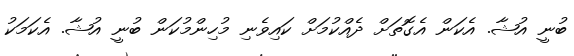
ބުނީ އުޝާ. އެކަން އެގޮތަށް ދެއްކުމަށް ކައިވެނި މުހިންމުކަން ބުނީ އުޝާ. އެކަމަކު